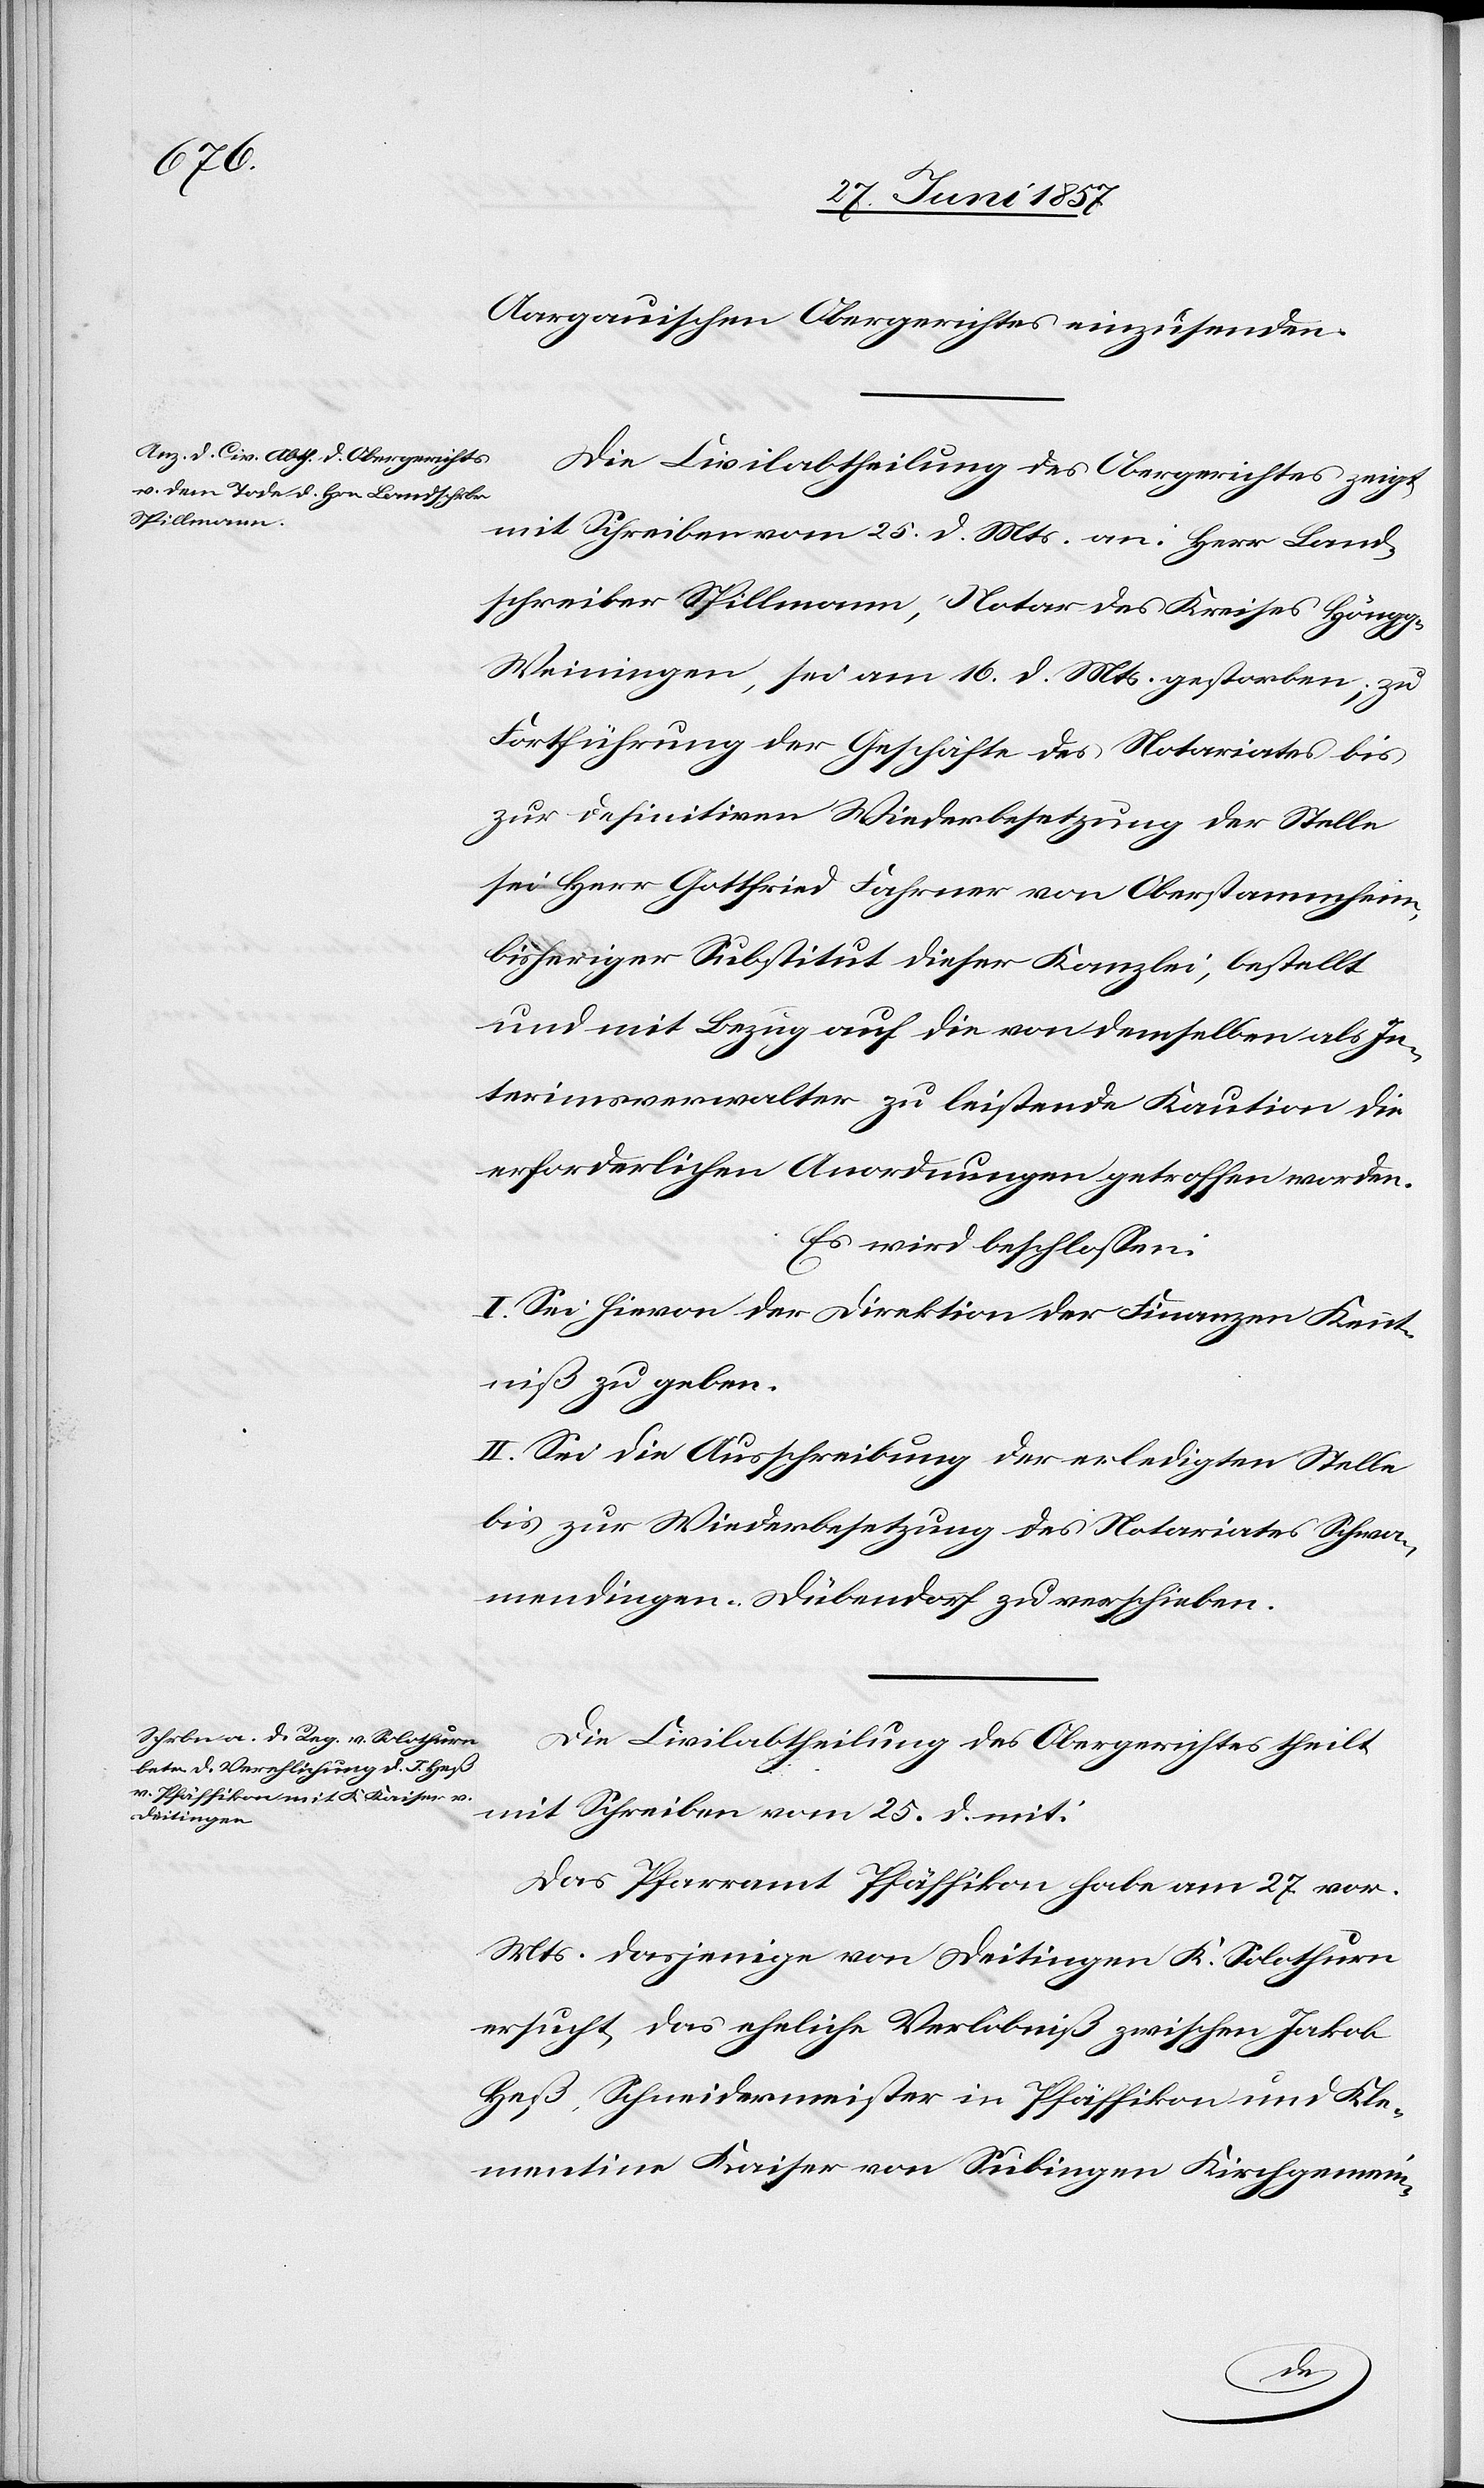
Aargauischen Obergerichtes einzusenden.
Die Civilabtheilung des Obergerichtes zeigt
mit Schreiben vom 25 d. Mts. an: Herr Land¬
schreiber Spillmann, Notar des Kreises Höngg-W¬
einingen, sei am 16 d. Mts. gestorben; zu
Fortführung der Geschäfte des Notariats bis
zur definitiven Wiederbesetzung der Stelle
sei Herr Gottfried Fahrner von Oberstammheim
bisheriger Substitut dieser Kanzlei, bestellt
und mit Bezug auf die von demselben als In¬
terimsverwalter zu leistende Kaution die
erforderlichen Anordnungen getroffen worden.
Es wird beschlossen:
I. Sei hievon der Direktion der Finanzen Kennt¬
niß zu geben.
II. Sei die Ausschreibung der erledigten Stelle
bis zur Wiederbesetzung des Notariates Schwa¬
mendingen-Dübendorf zu verschieben.
Die Civilabtheilung des Obergerichtes theilt
mit Schreiben vom 25 d. mit:
Das Pfarramt Pfäffikon habe am 27 vor.
Mts. dasjenige von Deitingen K. Solothurn
ersucht, das eheliche Verlobniß zwischen Jakob
Heß, Schneidermeister in Pfäffikon und Kle¬
mentina Kaiser von Subingen Kirchgemein-